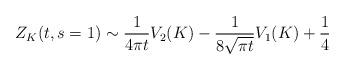
LaTeX: \begin{align*}Z_{K}(t,s=1)\sim \frac{1}{4\pi t}V_2(K)-\frac{1}{8\sqrt{\pi t}}V_1(K)+\frac{1}{4}\end{align*}